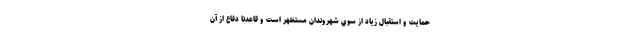
حمايت و استقبال زياد از سوي شهروندان مستظهر است و قاعدتا دفاع از آن